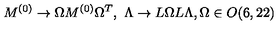
M ^ { ( 0 ) } \to \Omega M ^ { ( 0 ) } \Omega ^ { T } , \ \Lambda \to L \Omega L \Lambda , \Omega \in O ( 6 , 2 2 )